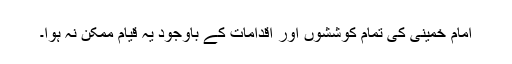
امام خمینی کی تمام کوششوں اور اقدامات کے باوجود یہ قیام ممکن نہ ہوا۔